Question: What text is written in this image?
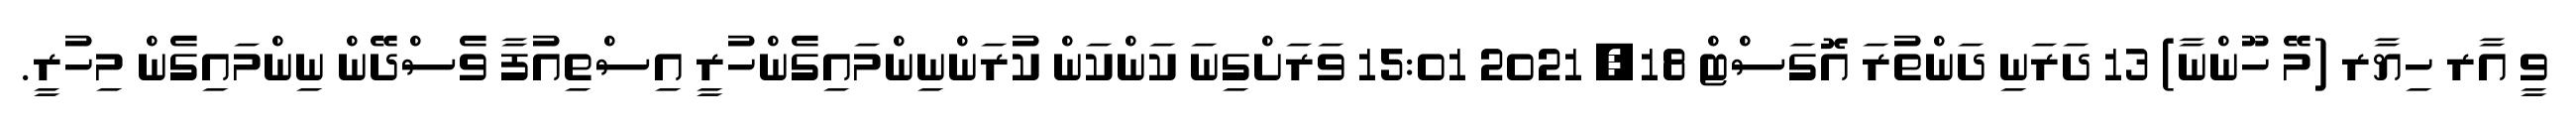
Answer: ވީ އާރ ހިޔާރ (މޭ ހޫންނާ) 13 ދަރަނި ދަންތުރަ އޮގަސްޓް 18, 2021 15:01 ވަރަށްގިނަ ކަންކަން ކުރަންނިންމައިގެންހުރީ އިސްތިއުފާ ވެސްދޭން ނިންމައިގެން މިހުރީ.